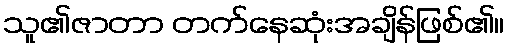
သူ၏ဇာတာ တက်နေဆုံးအချိန်ဖြစ်၏။